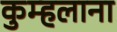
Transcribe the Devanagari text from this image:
कुम्हलाना